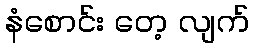
နံစောင်း တေ့ လျက်